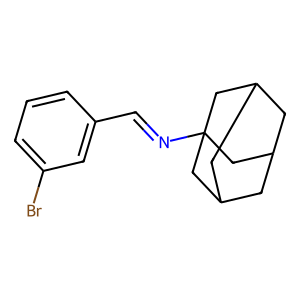
SMILES: Brc1cccc(C=NC23CC4CC(CC(C4)C2)C3)c1
Inhibits HIV replication: No